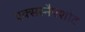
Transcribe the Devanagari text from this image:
एक्सस्नैपशोट